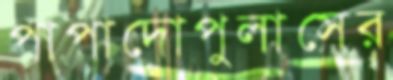
পাপাদোপুলাসের